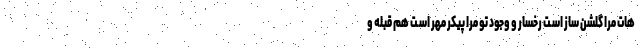
هات مرا گلشن ساز اسـت رخسار و وجود تو مرا پیکر مهر اسـت هم قبله و